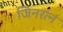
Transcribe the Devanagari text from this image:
जिनरत्न